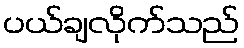
ပယ်ချလိုက်သည်